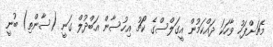
މެޗަށްފަހު ވާހަކަ ދައްކަމުން އީގަލްސްގެ ކޯޗު އިހުސާން އަބްދުލް ގަނީ (ސާންތި) ބުނީ